Vana-Antsla_vallavalitsus, lk 31
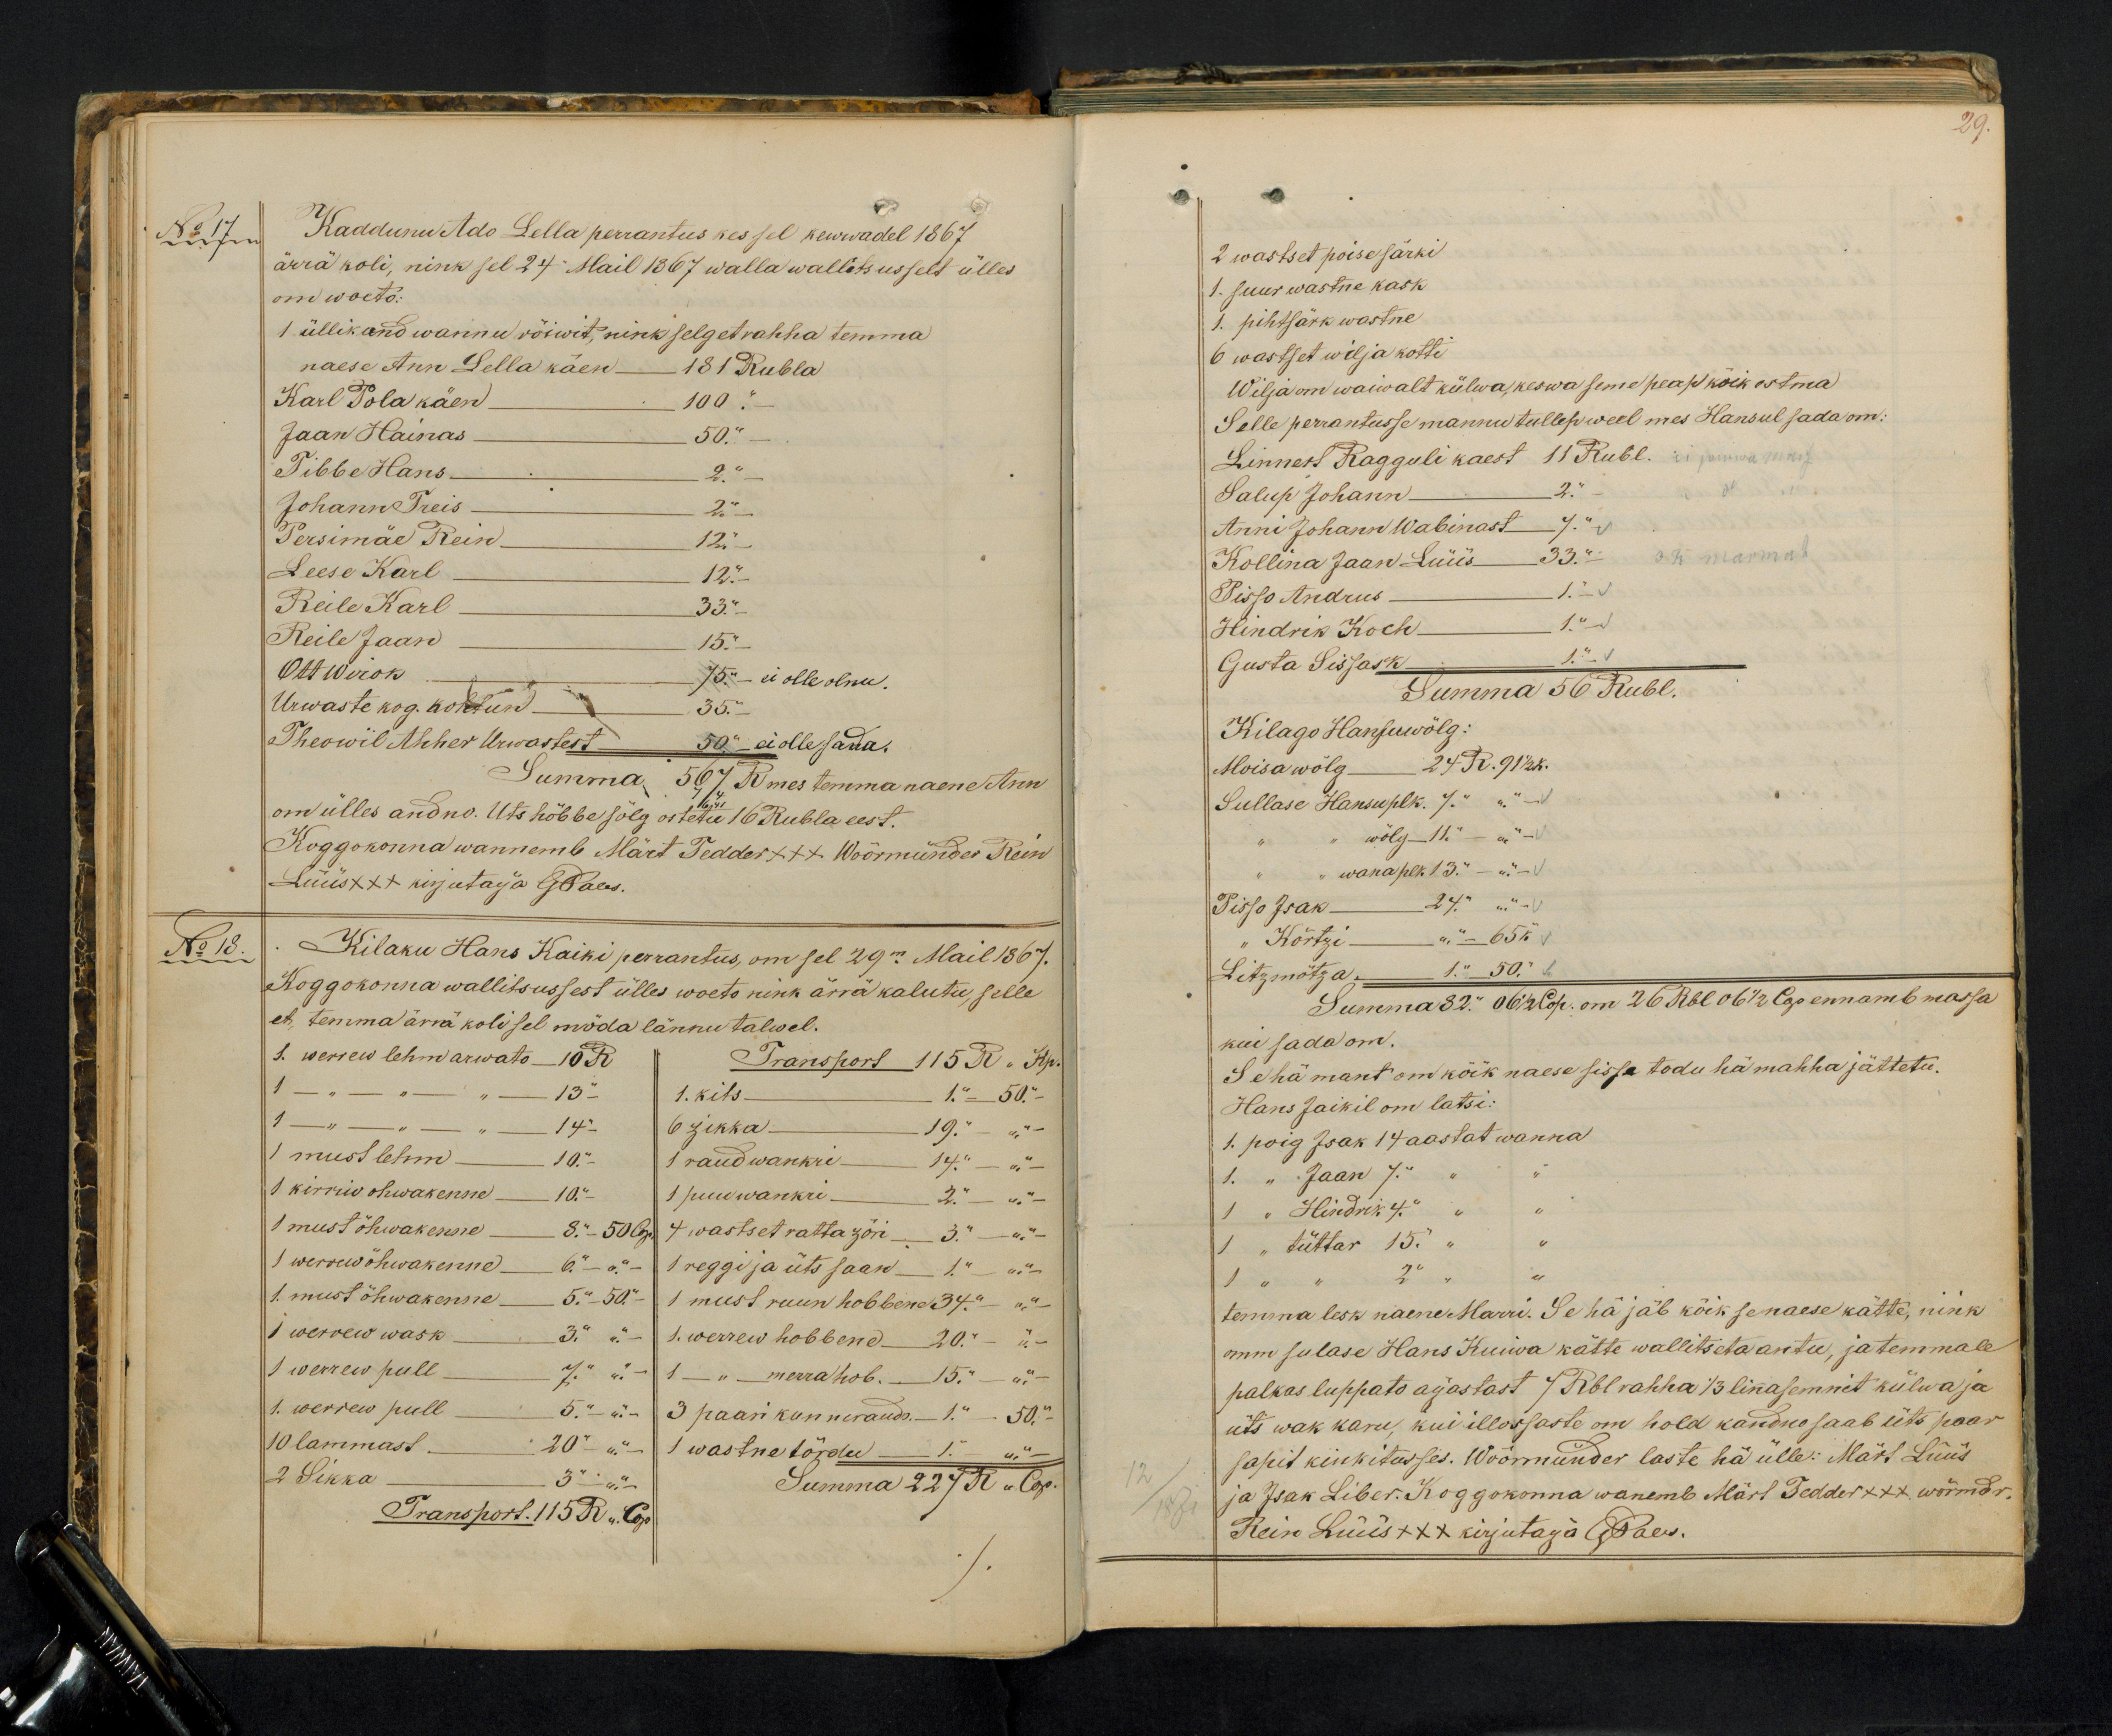
N:17
Kaddunu Ado Lella perrantus kes sel kewwadel 1867
ärra koli, nink sel 24. Mail 1867 walla wallitsusselt ülles
om woeto.
1 üllikond wannu röiwit, nink selget rahha temma
naese Ann Lella käen - 181 Rubla
Karl Pola käen. 100 "
Jaan Hainas 50. "
Tibbe Hans. 2 "
Johann Treis - 2 "
Persimäe Rein 12 "
Leese Karl 12. "
Reile Karl 33. "
Reile Jaan - 15. "
Ott Werok - 75 " - ei olle olnu
Urwaste kog. kohtun - 35. "
Theowil Ahher Urwastest 50 " ei olle sada.
Summa 567 R mes temma naene Ann
om ülles andno. Uts hõbbe sõlg ostetu 16 Rubla eest.
Koggokonna wannemb Märt Tedder +++ Wöörmünder Rein
Lüüs xxx kirjutaija GPales.
No 18.
Kilaku Hans Kaiki perrantus, om sel 29m Mail 1867.
Koggokonna wallitsussest ülles woeto nink ärrä kalutu, selle
et temma ärra koli sel möda lännu talwel.
1. werrer lehm arwato - 10 R.
Transport 115 R. Kp.
1 - " - " 13 "
1. kits - 1.- 50.-
1 " - " 14 "
6 zikka - 19 " " -
1 must lehm - 10.-
1 raudwankri 14" " -
1 kirrio ohwakenne 10.
1 puuwankri - 2". - " -
1 must õhwakenne 8 " - 50 Cop.
4 wastset ratta zöri 3." " -
1 werrew õhwakenne 6"- -
1 reggi ja üts saan - 1." - "
1. must õhwakenne 5 " - 50
1 must ruun hobbene 34 "  "
1 werrew wask 3 " " -
1. werrew hobbene 20. " - " -
1 werrew pull 7 " " -
1 - " merra hob - 15. " - " -
1. werrew pull 5.- " -
3 paari kunneraudo. - 1 " - 50.-
10 lammast. 20 " "
1 wastne tõrdu - 1."
2 Sikka 3 " "
Summa 227 R " Сoр.
Transport. 115 R. " Cop.

29.
2 wastset poisesärki
1. suur wastne kask
1. pihtsärk wastne
6 wastset wilja kotte.
Wilja om waiwalt külwa, keswa seme peap köik ostma
Selle perrantusse mannu tullep weel mes Hansul sada om.
Linnert Ragguli kaest 11 Rubl.
Salup Johann - 2.
Anni Johann Wabinast 7.
Kollina Jaan Lüüs 33.
Pisso Andrus 1
Hindrik Koch 1."
Gusta Sissask 1"
Summa 56 Rubl.
Kilago Hansu wölg:
Moisa wölg 24 R. 91 K.
Sullase Hansuplk. 7." " "
wölg 11." - "
wana plk 13." - "
Pisso Isak - 24 " "
" Kõrtzi  " - 65 k.
Litzmötza. 1 " .50.
Summa 82 ." 06 1/2 Cop. om 26 Rbl 06 1/2 Cop ennamb massa
"Kõrtsi " - 65 k.
kui sada om.
Se hä mant om kõik naese sisse todu hä mahha jättetu.
Hans Jaikil om latsi:
1. poig Isak 14 aastat wanna
1. " Jaan 7" " " "
1 " Hindrik 4" " " "
1 " tüttar 15." " " "
1 " " " 2 " "
temma lesk naene Marri. Se hä jäb kõik se naese kätte, nink
omm sulase Hans Kuiwa kätte wallitseta antu, ja temmale
palkas luppato aijastast 7 Rbl rahha 13 linasemnit külwa ja
üts wak karu, kui illossaste om hold kandno saab üts paar
sapit kinkitusses. Wöörmünder laste hä ülle: Märt Lüüs
12/1871
ja Jaak Liber. Koggokonna wanemb Märt Tedder +++ wörndr.
Rein Lüüs XXX kirjutaija GPales.